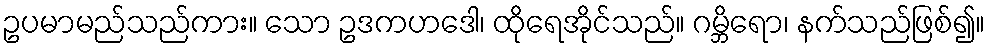
ဥပမာမည်သည်ကား။ သော ဥဒကဟဒေါ၊ ထိုရေအိုင်သည်။ ဂမ္ဘိရော၊ နက်သည်ဖြစ်၍။